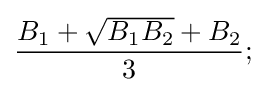
{\frac {B_{1}+{\sqrt {B_{1}B_{2}}}+B_{2}}{3}};